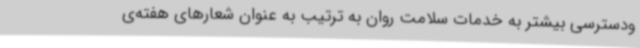
ودسترسی بیشتر به خدمات سلامت روان به ترتیب به عنوان شعارهای هفته‌ی